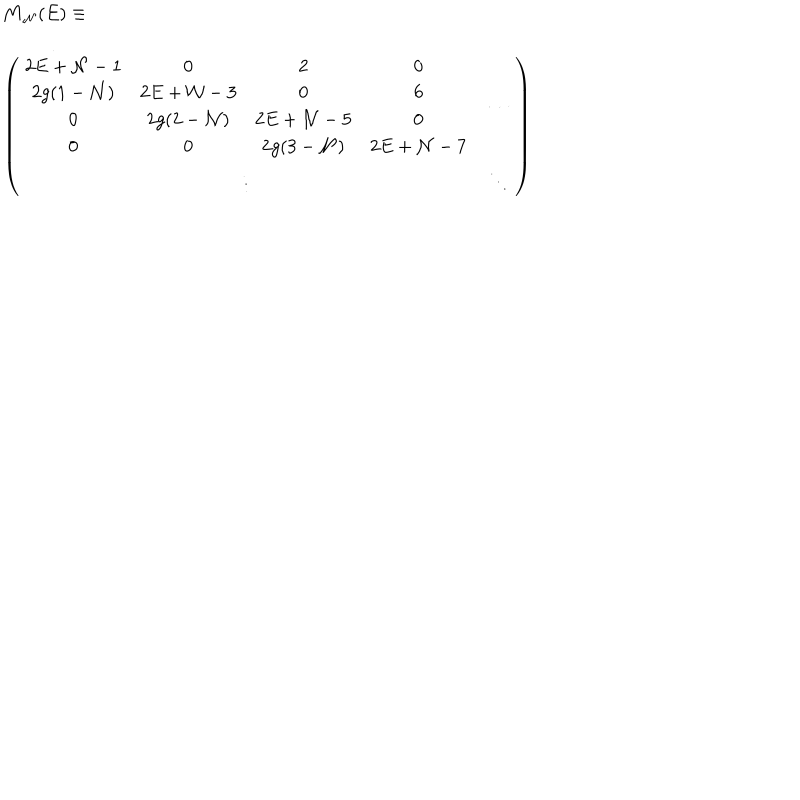
\begin{array} { l } { { { \bf M } _ { { \cal N } } ( E ) \equiv } } \\ { { \left( \renewcommand { \arraystretch } { 1 . 3 } \begin{array} { c c } { { \begin{array} { c c c c } { { 2 E + { \cal N } - 1 } } & { { 0 } } & { { 2 } } & { { 0 } } \\ { { 2 g ( 1 - { \cal N } ) } } & { { 2 E + { \cal N } - 3 } } & { { 0 } } & { { 6 } } \\ { { 0 } } & { { 2 g ( 2 - { \cal N } ) } } & { { 2 E + { \cal N } - 5 } } & { { 0 } } \\ { { 0 } } & { { 0 } } & { { 2 g ( 3 - { \cal N } ) } } & { { 2 E + { \cal N } - 7 } } \\ \end{array} } } & { { \cdots } } \\ { { \vdots } } & { { \ddots } } \\ \end{array} \right) } } \\ \end{array}